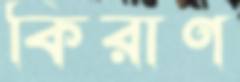
কিরাণ